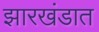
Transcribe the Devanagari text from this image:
झारखंडात